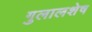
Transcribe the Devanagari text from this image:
गुलालशेष